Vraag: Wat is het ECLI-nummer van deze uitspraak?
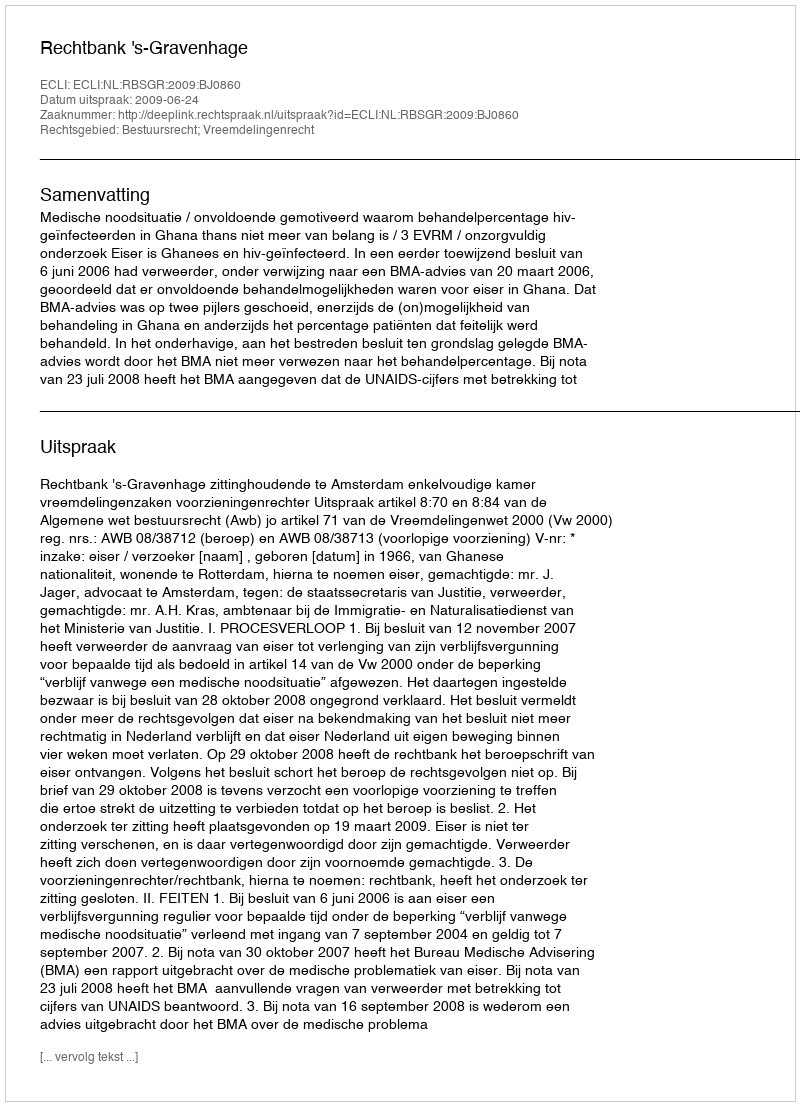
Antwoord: ECLI:NL:RBSGR:2009:BJ0860